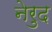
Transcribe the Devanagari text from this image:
नेरुद